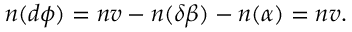
\boldsymbol { n } ( d \phi ) = \boldsymbol { n } v - \boldsymbol { n } ( \delta \beta ) - \boldsymbol { n } ( \alpha ) = \boldsymbol { n } v .